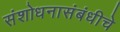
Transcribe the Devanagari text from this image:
संशोधनासंबंधीचे